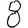
Digit: 8